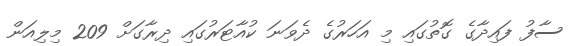
ސާފު ފައިދާގެ ގޮތުގައި މި އަހަރުގެ ދެވަނަ ކުއާޓަރުގައި ދިރާގަށް 209 މިލިއަން